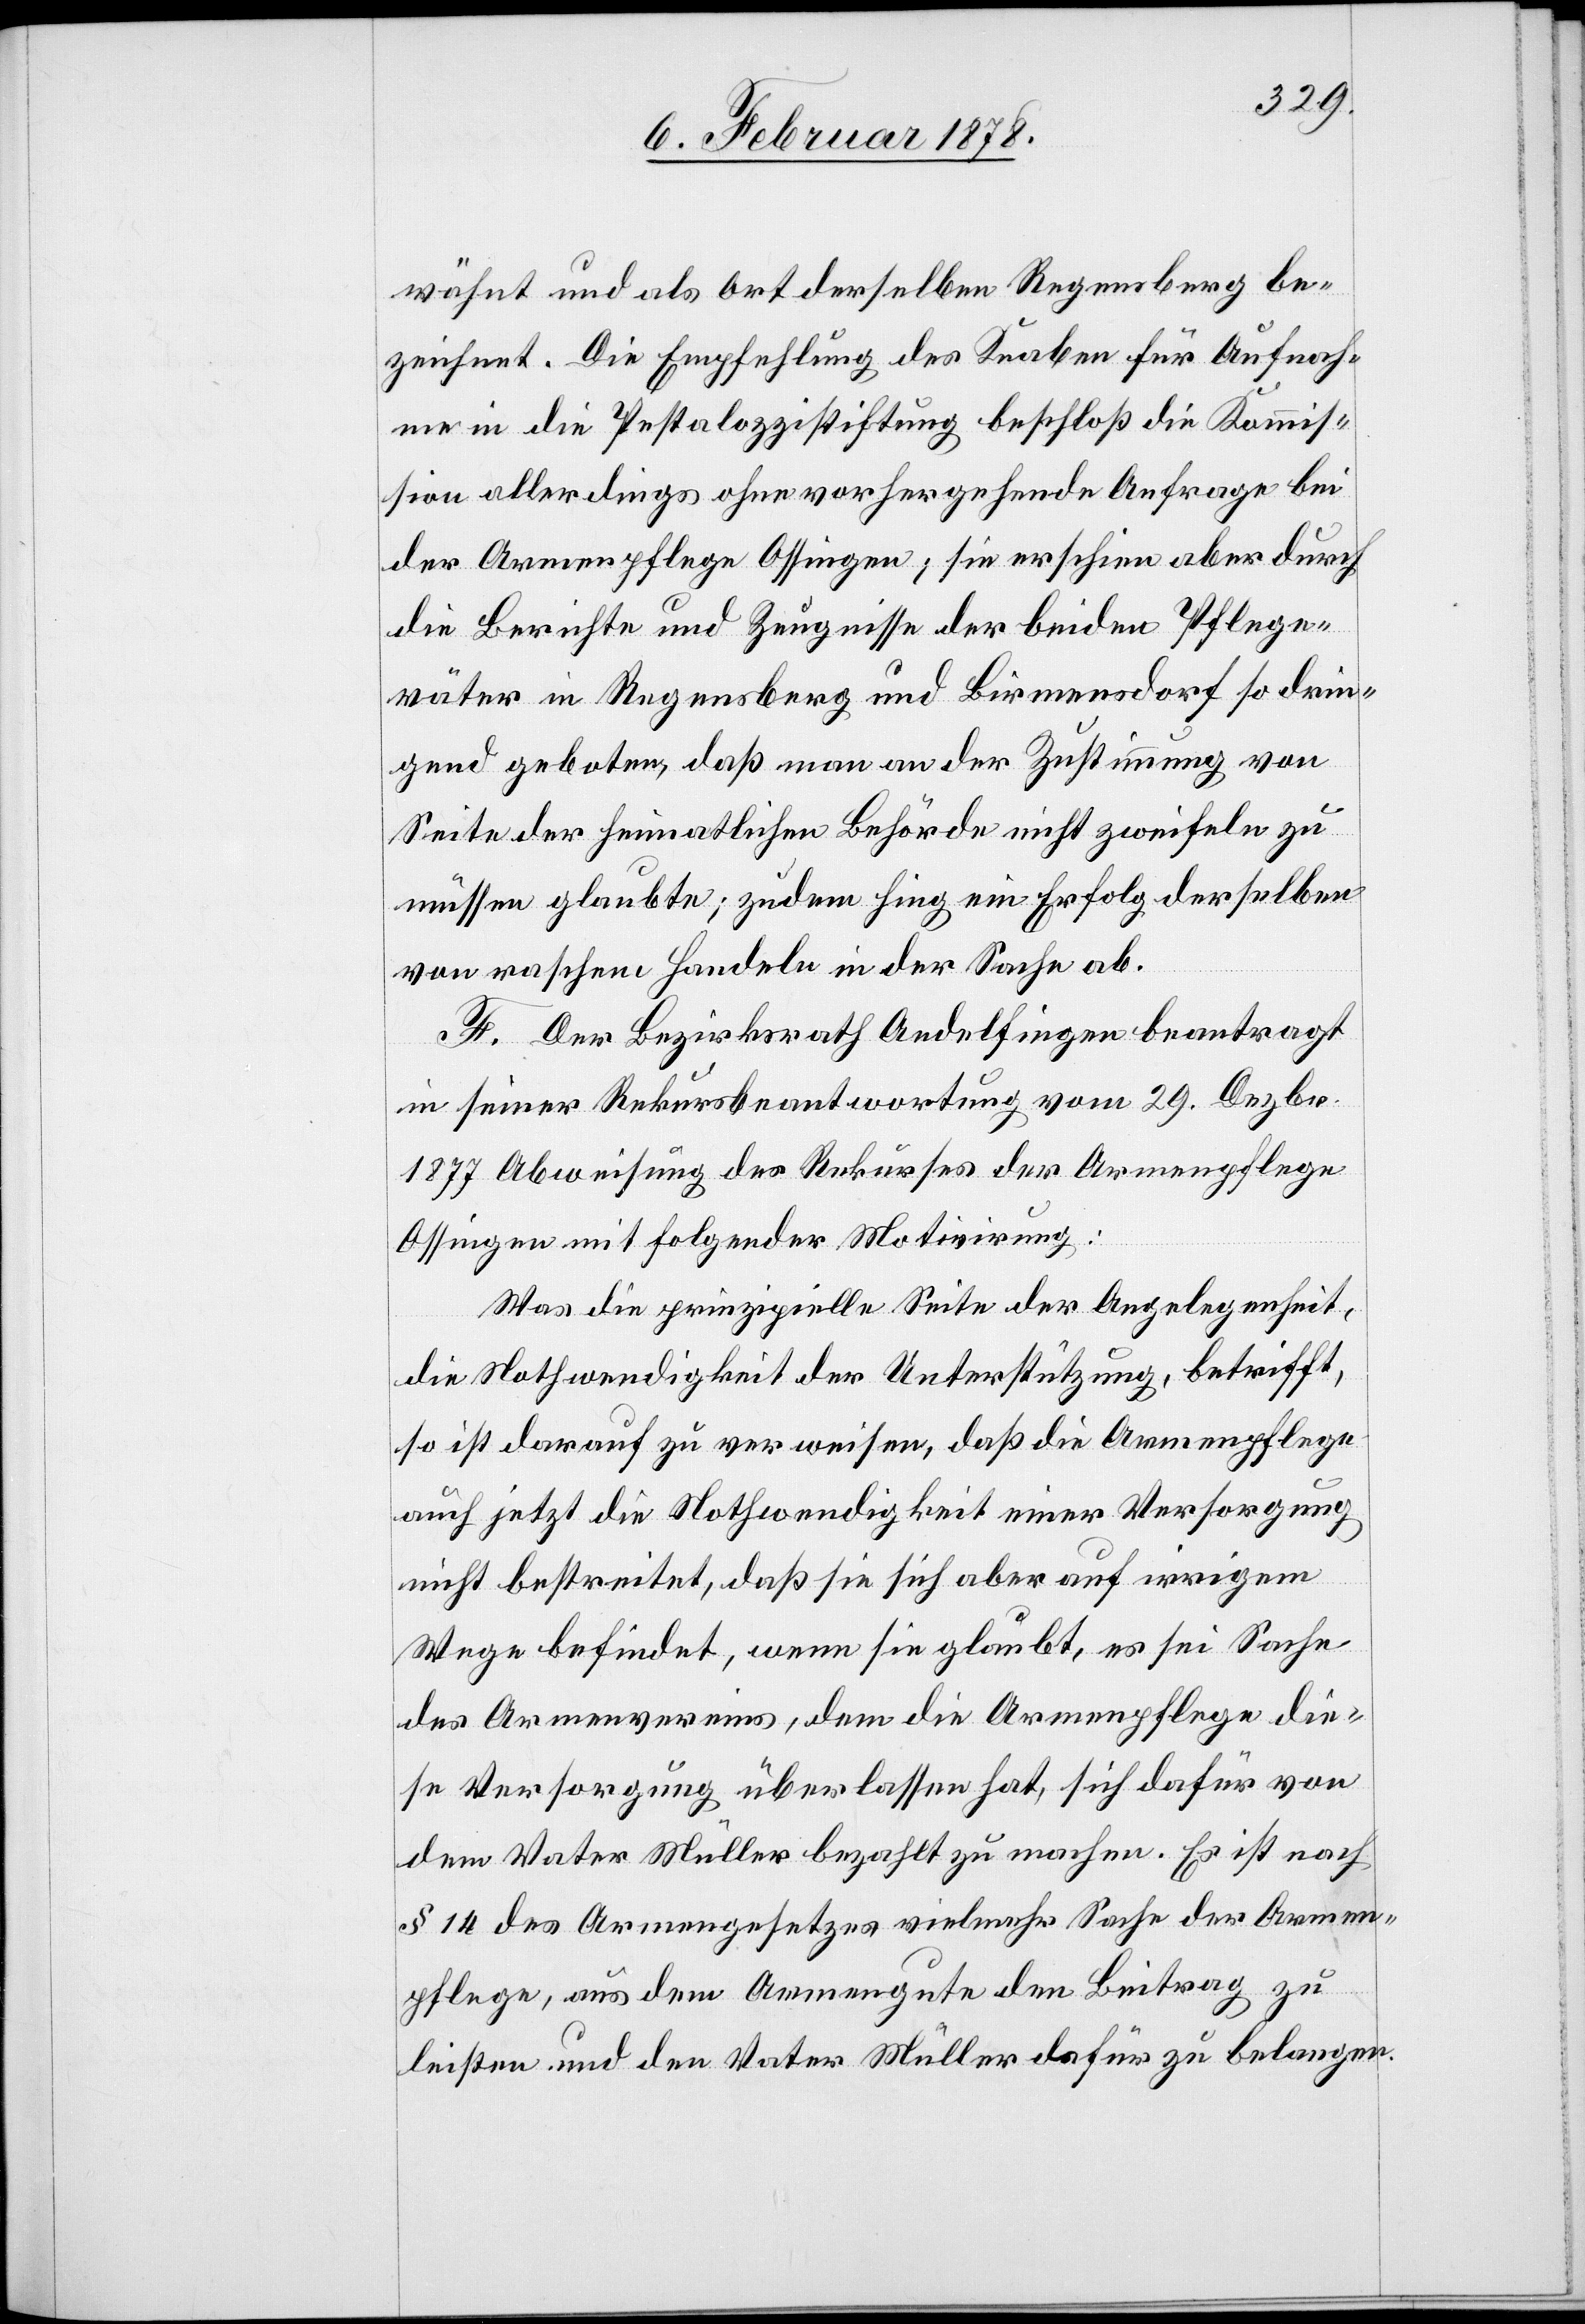
wähnt und als Ort derselben Regensberg be¬
zeichnet. Die Empfehlung des Knaben für Aufnah¬
me in die Pestalozzistiftung beschloß die Kommis¬
sion allerdings ohne vorhergehende Anfrage bei
der Armenpflege Ossingen; sie erschien aber durch
die Berichte und Zeugnisse der beiden Pflege¬
väter in Regensberg und Birmensdorf so drin¬
gend geboten, daß man an der Zustimmung von
Seite der heimatlichen Behörde nicht zweifeln zu
müssen glaubte; zudem hing ein Erfolg derselben
von raschem Handeln in der Sache ab.
F. Der Bezirksrath Andelfingen beantragt
in seiner Rekursbeantwortung vom 29. Dezbr.
1877 Abweisung des Rekurses der Armenpflege
Ossingen mit folgender Motivirung:
Was die prinzipielle Seite der Angelegenheit,
die Nothwendigkeit der Unterstützung, betrifft,
so ist darauf zu verweisen, daß die Armenpflege
auch jetzt die Nothwendigkeit einer Versorgung
sei
des Armenvereins, dem die Armenpflege die¬
se Versorgung überlassen hat, sich dafür von
dem Vater Müller bezahlt zu machen. Es ist nach
§ 14 des Armengesetzes vielmehr die Sache der Armen¬
pflege, aus dem Armengute den Beitrag zu
leisten und den Vater Müller dafür zu belangen.